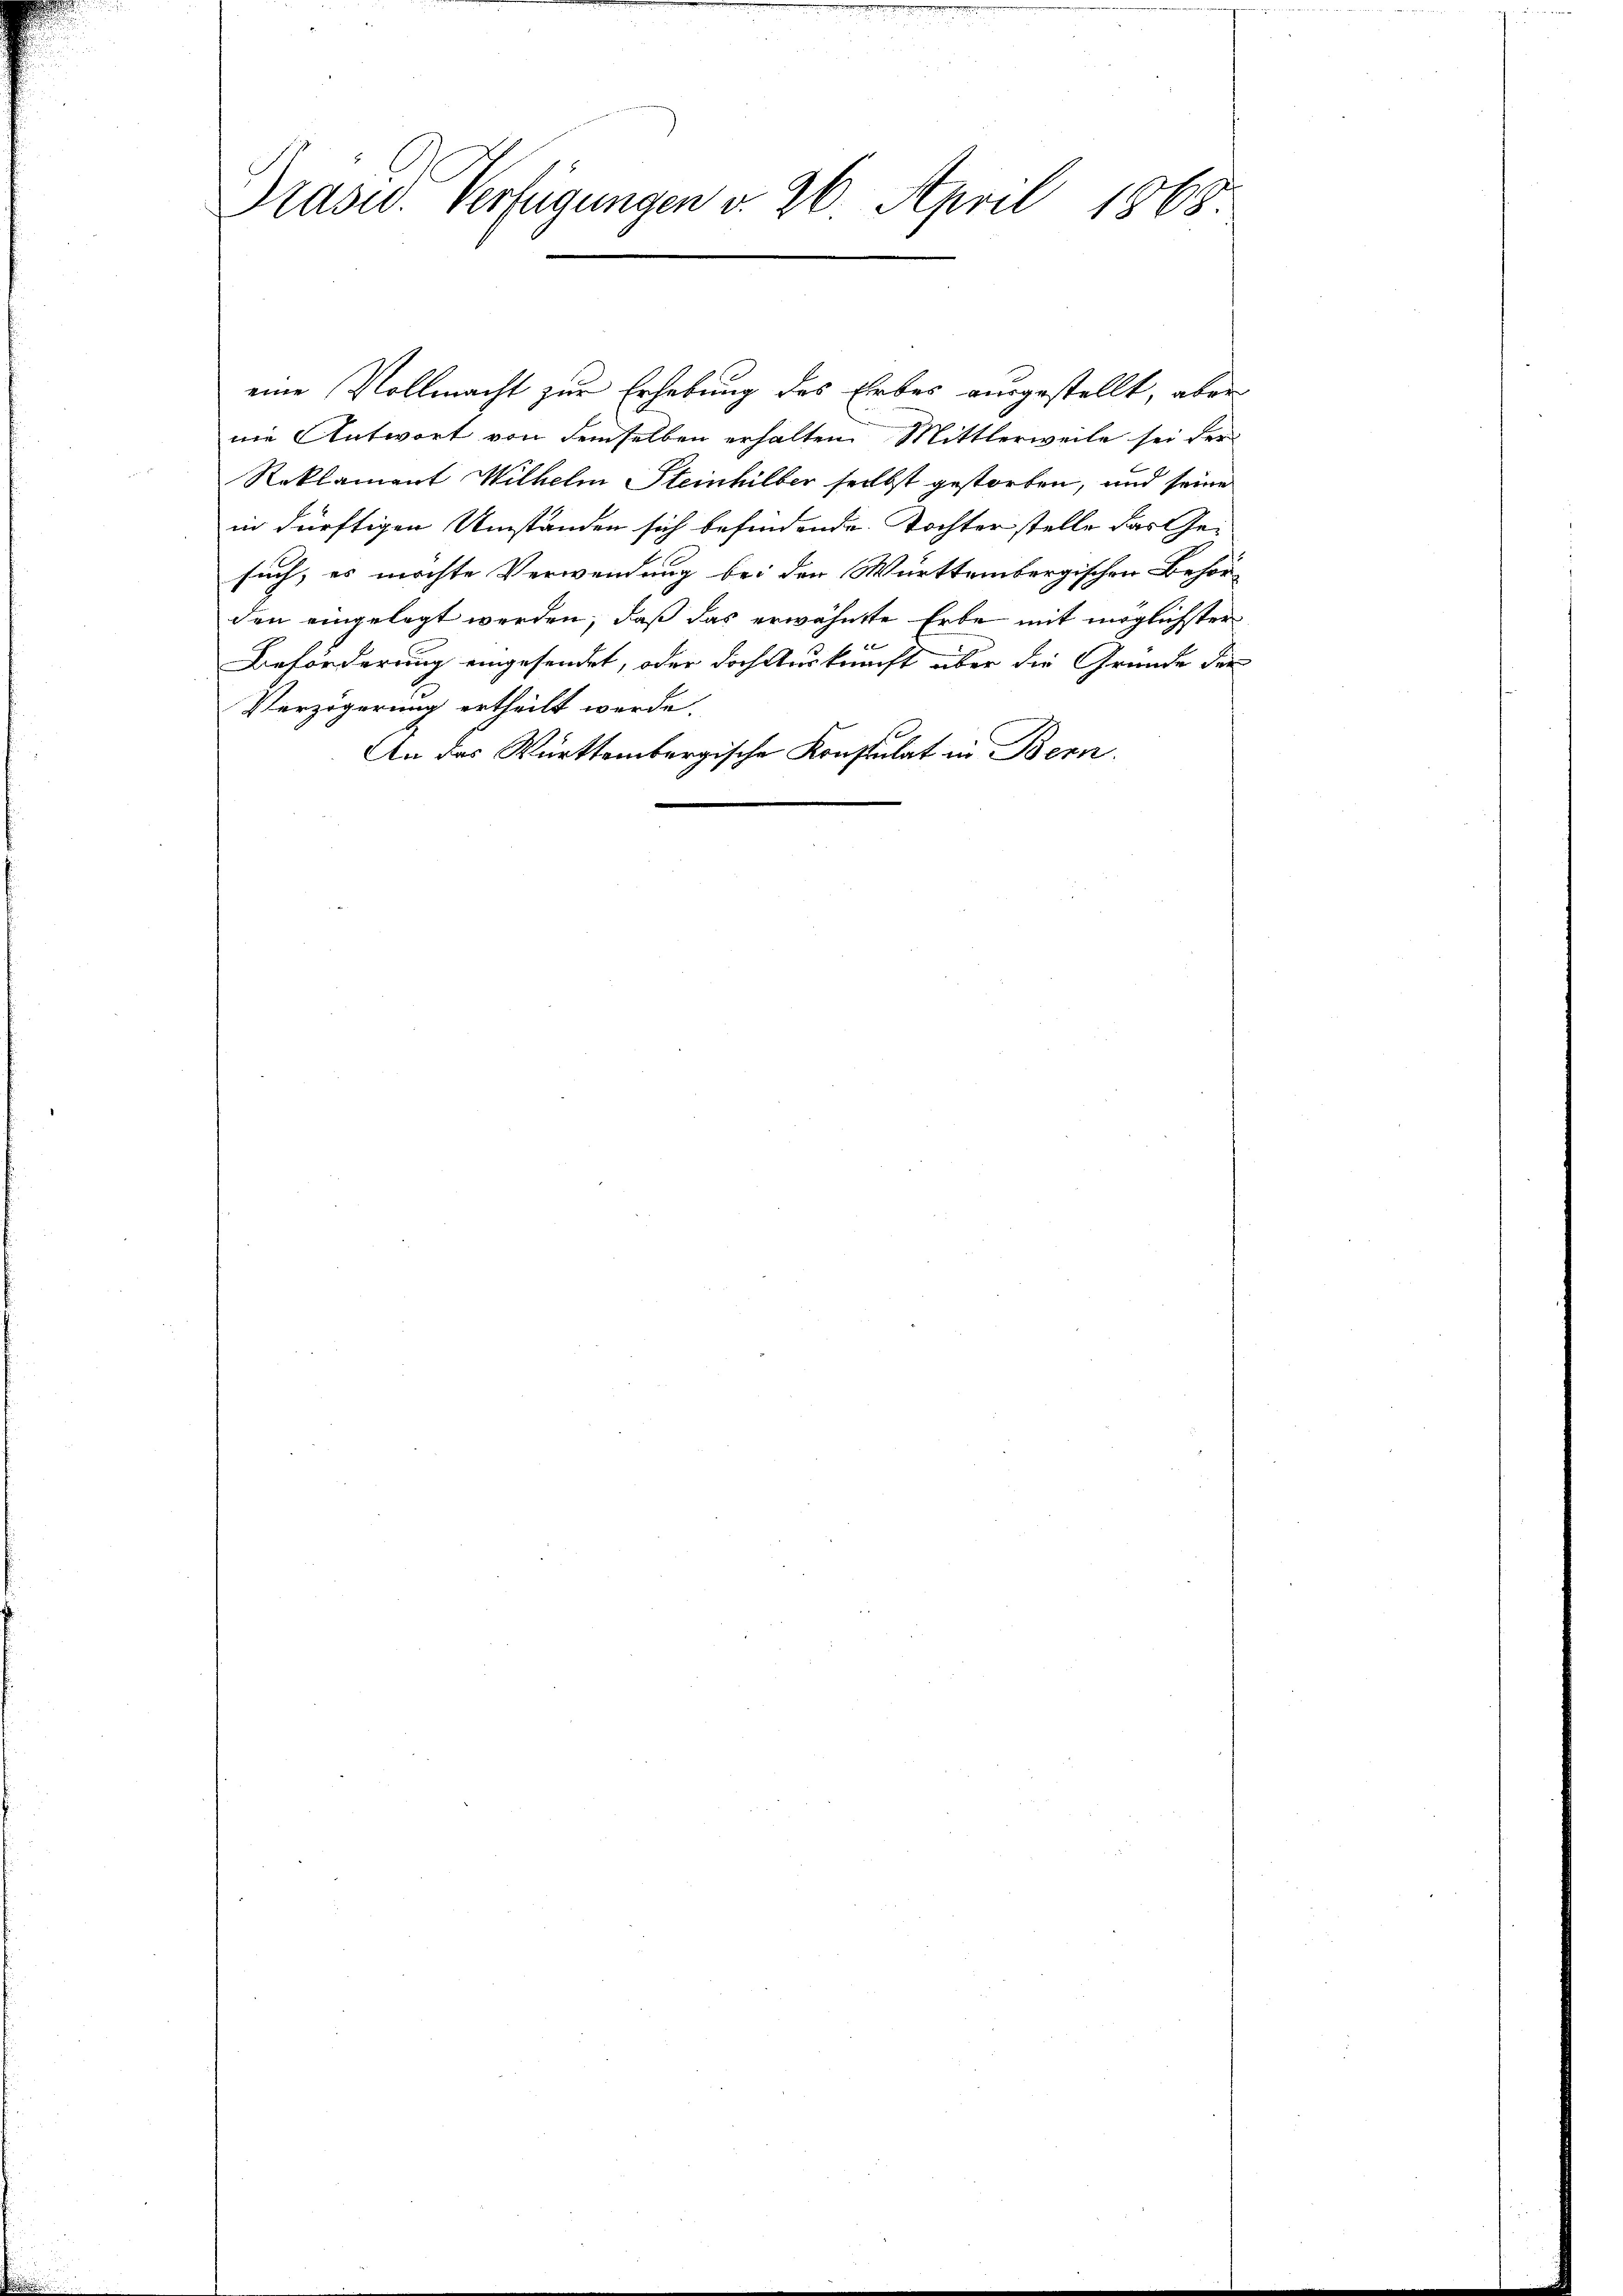
Prasw. Verfügungen v. 26. April 1863

eine Vollmacht zur Erhebung des Erbes ausgestellt, aber
nie Antwort von demselben erhalten Mittlerweile sei der
Reklament Wilhelm Steinhilber seelbst gestorben, und seine
in dürftigen Umständen sich befindende Tochter stelle das Gesuch, es möchte Verwendung bei der Württembergischen Behörden eingelegt werden, daß das erwähnte Erbe mit möglichster

Beförderung eingesendet, oder doch Ausknecht aber die Grunde der
Verzögerung ertheilt werde.
An das Württembergische Konstulat in Bern.